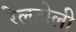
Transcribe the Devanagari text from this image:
रेलटोली